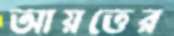
আয়ত্তের